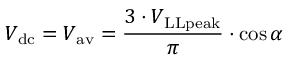
V _ { \mathrm { d c } } = V _ { \mathrm { a v } } = { \frac { 3 \cdot V _ { \mathrm { L L p e a k } } } { \pi } } \cdot \cos \alpha